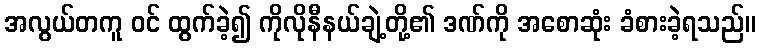
အလွယ်တကူ ဝင် ထွက်ခဲ့၍ ကိုလိုနီနယ်ချဲ့တို့၏ ဒဏ်ကို အစောဆုံး ခံစားခဲ့ရသည်။